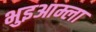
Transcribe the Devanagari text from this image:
भुइआम्ला